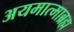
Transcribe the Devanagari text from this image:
अयमात्माब्रह्म